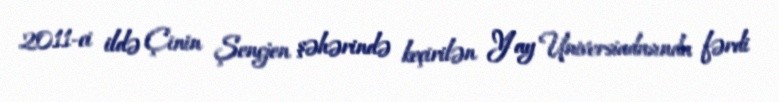
2011-ci ildə Çinin Şençjen şəhərində keçirilən Yay Universiadasında fərdi